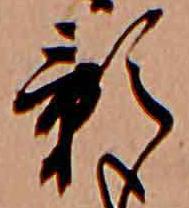
影